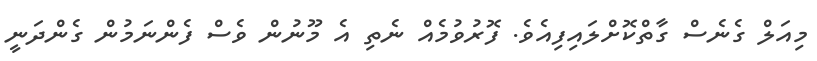
މިއަލް ގެނެސް ގާތްކޮށްލައިފިއެވެ. ފޮރުވުމެއް ނެތި އެ މޫނުން ވެސް ފެންނަމުން ގެންދަނީ